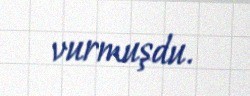
vurmuşdu.